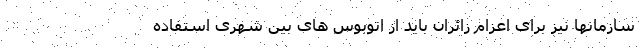
سازمانها نیز برای اعزام زائران باید از اتوبوس های بین شهری استفاده